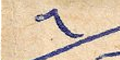
٦